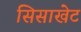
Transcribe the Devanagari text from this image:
सिसाखेट